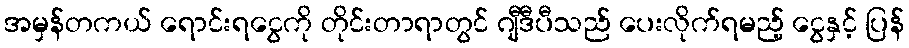
အမှန်တကယ် ရောင်းရငွေကို တိုင်းတာရာတွင် ဂျီဒီပီသည် ပေးလိုက်ရမည့် ငွေနှင့် ပြန်